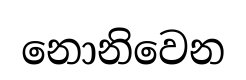
නොනිවෙන